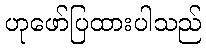
ဟုဖော်ပြထားပါသည်